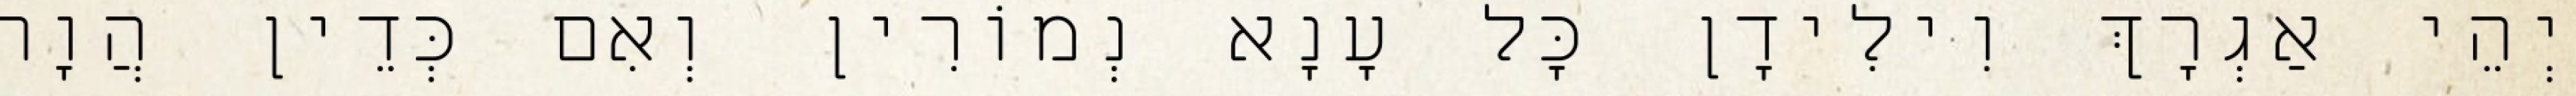
יְהֵי אַגְרָךְ וִילִידָן כָּל עָנָא נְמוֹרִין וְאִם כְּדֵין הֲוָה